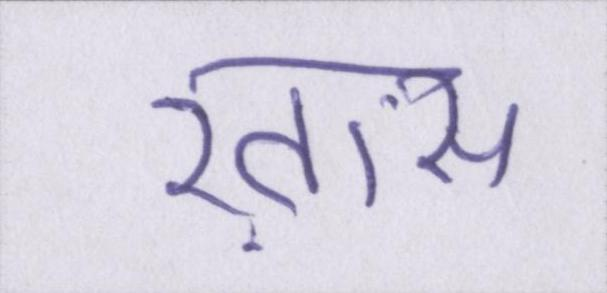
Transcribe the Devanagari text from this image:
ख़ास